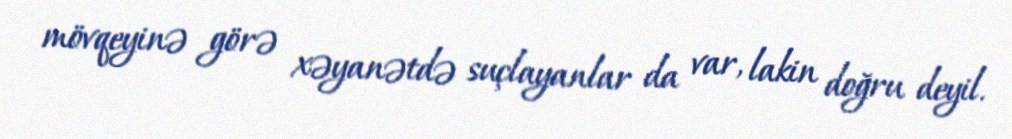
mövqeyinə görə xəyanətdə suçlayanlar da var, lakin doğru deyil.